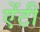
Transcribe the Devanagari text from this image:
एेंटी